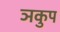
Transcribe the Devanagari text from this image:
ञकुप